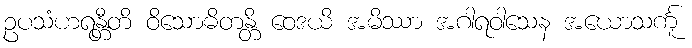
ဥပသံဟရန္တီတိ ဝိသောဓိတန္တိ ဝေဒယိ အမိဿာ အဂါရဝါသေန အယောသင်္ကူ